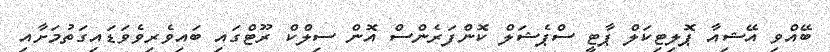
ބޭއްވި އޭޝިއާ ޕޮލިޓިކަލް ޕާޓީ ސްޕެޝަލް ކޮންފަރެންސް އޮން ސިލްކް ރޫޓްގައި ބައިވެރިވެވަޑައިގަތުމަށާއި